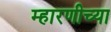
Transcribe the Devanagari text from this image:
म्हारणीच्या